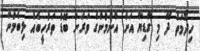
ހިދުމަތް ދޭ މި ގާޑިޔާ އަށް އާންމުންގެ ވަރަށް ބޮޑު ތަރުހީބެއް ލިބެމުން